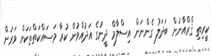
ކީރިތި ޤްރްއާނަށް ބަދަލު ގެންނަން އިސްލާމް ދީނުގެ އަދުއްވުން ކުރާ މަސައްކަތްތަކަށް ވަރަށް